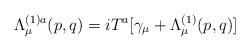
LaTeX: \begin{align*}\Lambda _\mu ^{(1)a}(p,q)=iT^a[\gamma _\mu +\Lambda _\mu ^{(1)}(p,q)]\end{align*}